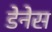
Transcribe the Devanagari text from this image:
डेनेस